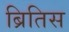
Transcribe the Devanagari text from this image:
ब्रितिस